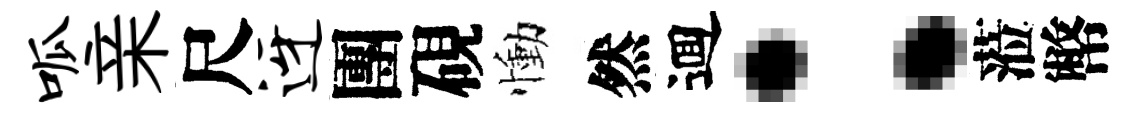
呱亲尺迓團硯慟然逥：蒞幣